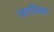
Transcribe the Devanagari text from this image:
जातिका